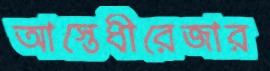
আস্তেধীরেজার